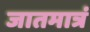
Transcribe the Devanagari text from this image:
जातमात्रं